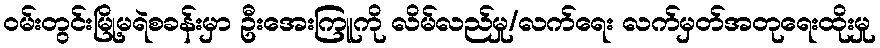
ဝမ်းတွင်းမြို့မရဲစခန်းမှာ ဦးအေးကြူကို လိမ်လည်မှု/လက်ရေး လက်မှတ်အတုရေးထိုးမှု